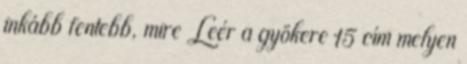
inkább fentebb, mire Leér a gyökere 15 cím melyen